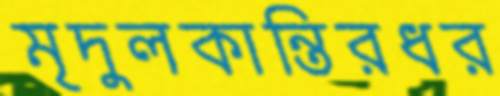
মৃদুলকান্তিরধর